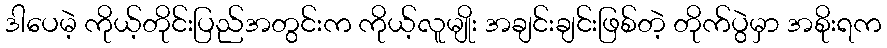
ဒါပေမဲ့ ကိုယ့်တိုင်းပြည်အတွင်းက ကိုယ့်လူမျိုး အချင်းချင်းဖြစ်တဲ့ တိုက်ပွဲမှာ အစိုးရက